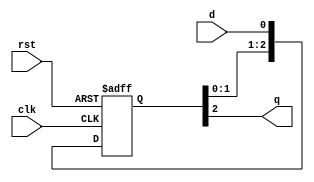
module sync 
(
	input clk,
	input rst,
	input d,
	output q);
	
	reg [2:0] sr;
	assign q = sr[2];
	
	always @(posedge clk or posedge rst) begin
		if(rst) sr <= 3'd0;
		else sr <= {sr[1:0], d};
	end
endmodule